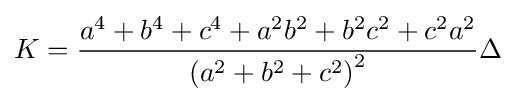
K={\frac {a^{4}+b^{4}+c^{4}+a^{2}b^{2}+b^{2}c^{2}+c^{2}a^{2}}{\left(a^{2}+b^{2}+c^{2}\right)^{2}}}\Delta